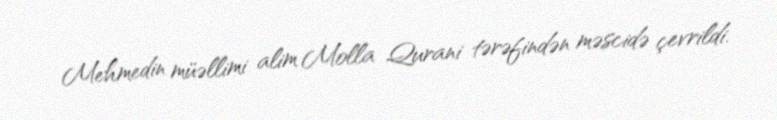
Mehmedin müəllimi alim Molla Qurani tərəfindən məscidə çevrildi.